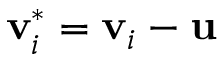
\mathbf { v } _ { i } ^ { * } = \mathbf { v } _ { i } - \mathbf { u }